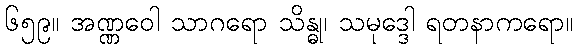
၆၅၉။ အဏ္ဏဝေါ သာဂရော သိန္ဓု၊ သမုဒ္ဒေါ ရတနာကရော။